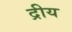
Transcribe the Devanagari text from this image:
द्रीय